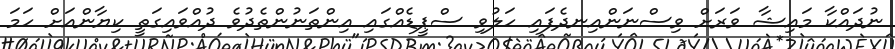
ނުދައްކާ މައިޝާ ވަރަށް ވިސްނަންއިނދެފައި ހަލުވި ސްޕީޑެއްގައި އިންތަނުންތެދުވެ ދުއްވައިގަތީ ކިޔާންއަށް ހަމަ